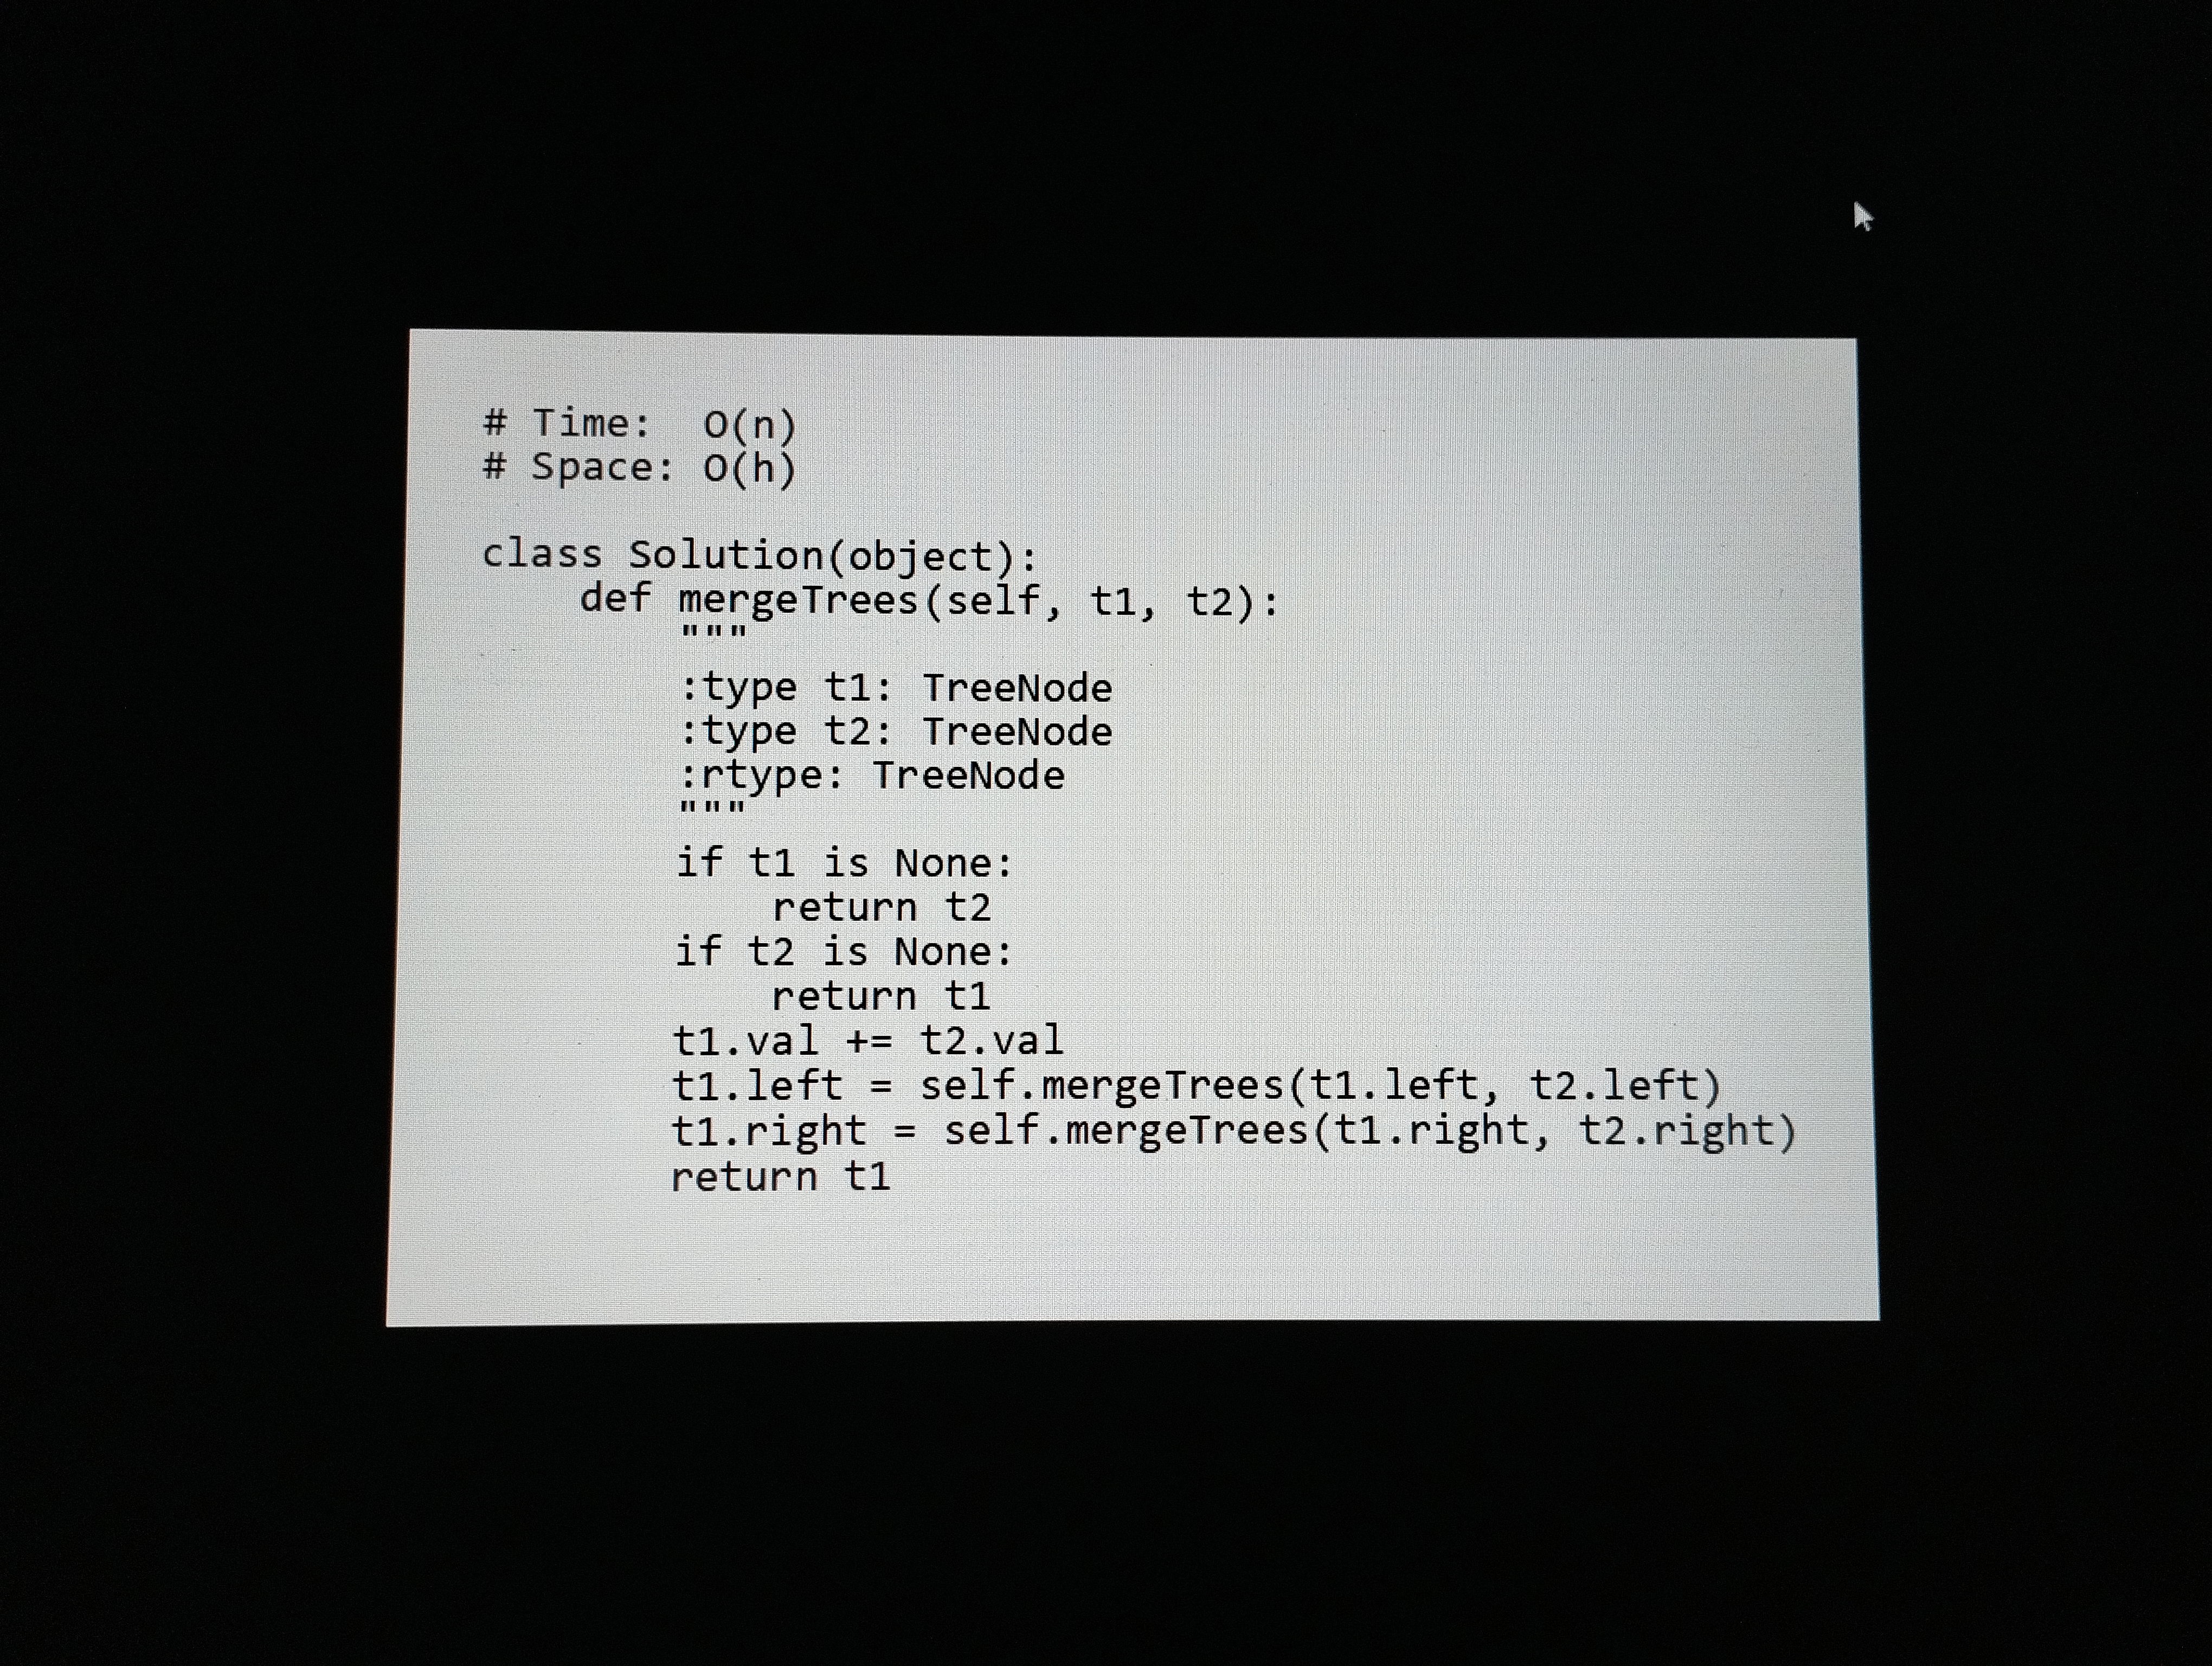
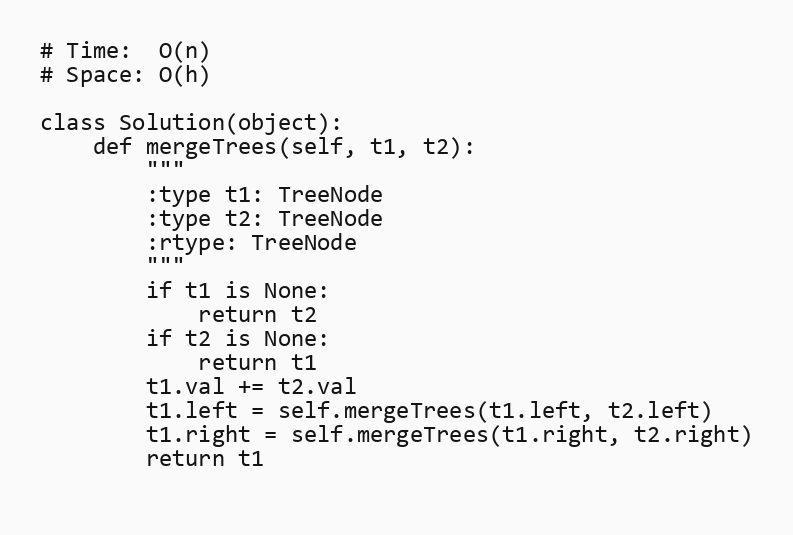
# Time:  O(n)
# Space: O(h)

class Solution(object):
    def mergeTrees(self, t1, t2):
        """
        :type t1: TreeNode
        :type t2: TreeNode
        :rtype: TreeNode
        """
        if t1 is None:
            return t2
        if t2 is None:
            return t1
        t1.val += t2.val
        t1.left = self.mergeTrees(t1.left, t2.left)
        t1.right = self.mergeTrees(t1.right, t2.right)
        return t1